Indian journal of veterinary science and animal husbandry - Volumes 18-21, 1948-1951
Year: 1948
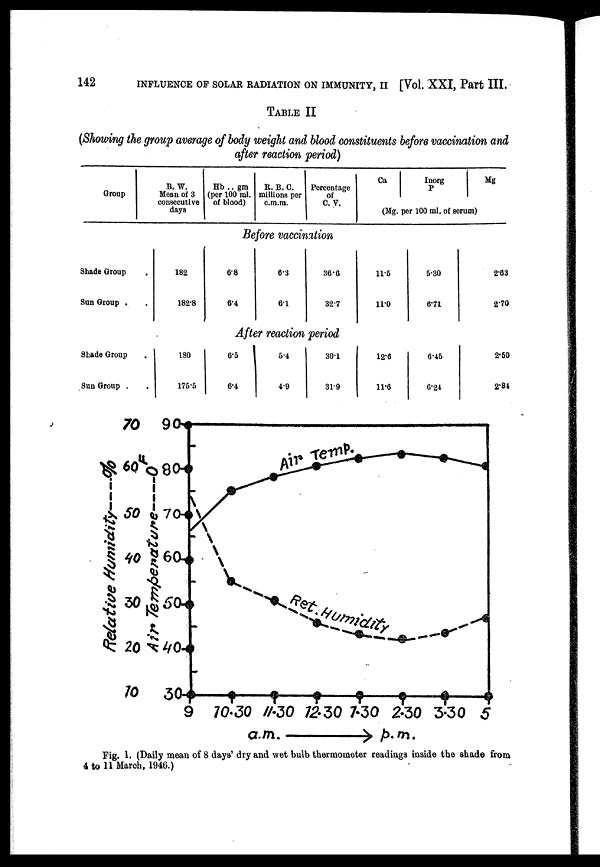
142
INFLUENCE OF SOLAR RADIATION ON IMMUNITY, II [Vol. XXI, Part III.
TABLE II
(Showing the group average of body weight and blood constituents before vaccination and
after reaction period)
Group
B. W.
Mean of 3
consecutive
days
Hb .. gm
(per 100 ml.
of blood)
R. B. C.
millions per
c.m.m.
Percentage
of
C. V.
Ca
Inorg
P
Mg
Before vaccination
Shade Group .
Sun Group .
182
182.8
6.8
6.4
6.3
6.1
36.6
32.7
11.5
11.0
5.30
6.71
2.63
2.70
After reaction period
Shade Group .
Sun Group . .
180
175.5
6.5
6.4
5.4
4.9
30.1
31.9
12.6
11.6
6.45
6.24
2.50
2.84
Fig. 1. (Daily mean of 8 days' dry and wet bulb thermometer readings inside the shade from
4 to 11 March, 1946.)